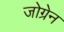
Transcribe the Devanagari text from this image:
जोग्रेन